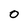
Character: 0